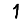
Digit: 1